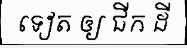
ទៀត ឲ្យ ជីក ដី